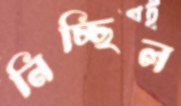
নিচ্ছিল